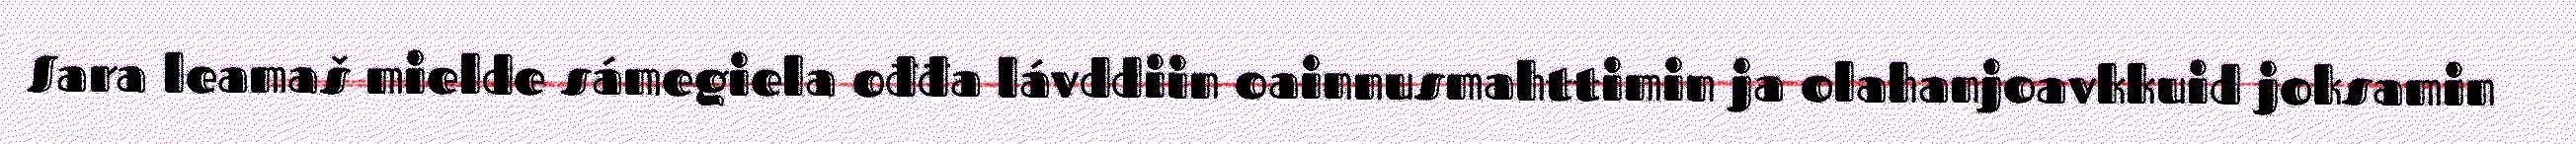
Sara leamaš mielde sámegiela ođđa lávddiin oainnusmahttimin ja olahanjoavkkuid joksamin